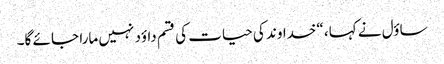
ساؤل نے کہا، “خداوند کی حیات کی قسم داؤد نہیں مارا جا ئے گا۔